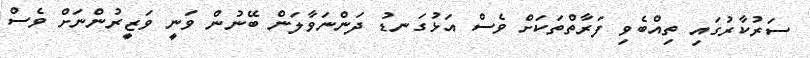
ސަރުކާރުގައި ތިއްބެވި ފަރާތްތަކަށް ވެސް އަޅުގަނޑު ދަންނަވާލަން ބޭނުން ވަނީ ވަޒީރުންނަށް ވެސް